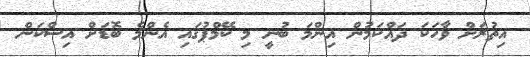
އިތުރަށް ވާހަކަ ދައްކަމުން އިންމަ ބުނީ މި ކޭމްޕުގައި އެންމެ ބޮޑަށް އިސްކަން